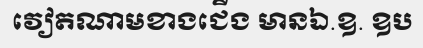
វៀតណាមខាងជើង មានឯ.ឧ. ឧប